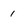
Character: 1